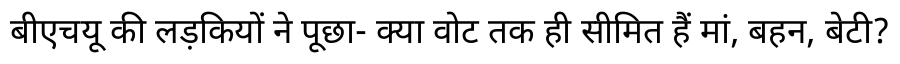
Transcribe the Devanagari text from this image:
बीएचयू की लड़कियों ने पूछा- क्या वोट तक ही सीमित हैं मां, बहन, बेटी?